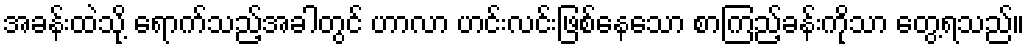
အခန်းထဲသို့ ရောက်သည့်အခါတွင် ဟာလာ ဟင်းလင်းဖြစ်နေသော စာကြည့်ခန်းကိုသာ တွေ့ရသည်။